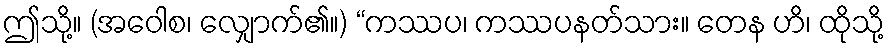
ဤသို့။ (အဝေါစ၊ လျှောက်၏။) “ကဿပ၊ ကဿပနတ်သား။ တေန ဟိ၊ ထိုသို့